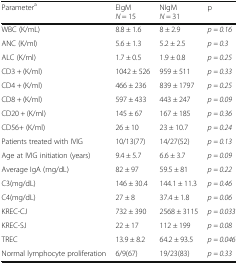
<table><thead><tr><td><b>Parameter<sup>a</sup></b></td><td><b>EIgM<i>N</i> = 15</b></td><td><b>NIgM<i>N</i> = 31</b></td><td><b>p</b></td></tr></thead><tbody><tr><td>WBC (K/mL)</td><td>8.8 ± 1.6</td><td>8 ± 2.9</td><td><i>p = 0.16</i></td></tr><tr><td>ANC (K/ml)</td><td>5.6 ± 1.3</td><td>5.2 ± 2.5</td><td><i>p = 0.3</i></td></tr><tr><td>ALC (K/ml)</td><td>1.7 ± 0.5</td><td>1.9 ± 0.8</td><td><i>p = 0.25</i></td></tr><tr><td>CD3 + (K/ml)</td><td>1042 ± 526</td><td>959 ± 511</td><td><i>p = 0.33</i></td></tr><tr><td>CD4 + (K/ml)</td><td>466 ± 236</td><td>839 ± 1797</td><td><i>p = 0.25</i></td></tr><tr><td>CD8 + (K/ml)</td><td>597 ± 433</td><td>443 ± 247</td><td><i>p = 0.09</i></td></tr><tr><td>CD20 + (K/ml)</td><td>145 ± 67</td><td>167 ± 185</td><td><i>p = 0.36</i></td></tr><tr><td>CD56+ (K/ml)</td><td>26 ± 10</td><td>23 ± 10.7</td><td><i>p = 0.24</i></td></tr><tr><td>Patients treated with IVIG</td><td>10/13(77)</td><td>14/27(52)</td><td><i>p = 0.13</i></td></tr><tr><td>Age at IVIG initiation (years)</td><td>9.4 ± 5.7</td><td>6.6 ± 3.7</td><td><i>p = 0.09</i></td></tr><tr><td>Average IgA (mg/dL)</td><td>82 ± 97</td><td>59.5 ± 81</td><td><i>p = 0.22</i></td></tr><tr><td>C3(mg/dL)</td><td>146 ± 30.4</td><td>144.1 ± 11.3</td><td><i>p = 0.46</i></td></tr><tr><td>C4(mg/dL)</td><td>27 ± 8</td><td>37.4 ± 1.8</td><td><i>p = 0.06</i></td></tr><tr><td>KREC-CJ</td><td>732 ± 390</td><td>2568 ± 3115</td><td><i>p = 0.033</i></td></tr><tr><td>KREC-SJ</td><td>22 ± 17</td><td>112 ± 199</td><td><i>p = 0.08</i></td></tr><tr><td>TREC</td><td>13.9 ± 8.2</td><td>64.2 ± 93.5</td><td><i>p = 0.046</i></td></tr><tr><td>Normal lymphocyte proliferation</td><td>6/9(67)</td><td>19/23(83)</td><td><i>p = 0.33</i></td></tr></tbody></table>